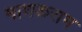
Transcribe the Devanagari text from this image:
माणकराम